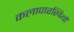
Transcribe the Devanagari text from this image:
कलापारखियों